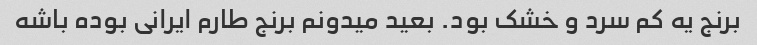
برنج یه کم سرد و خشک بود. بعید میدونم برنج طارم ایرانی بوده باشه